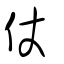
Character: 仗